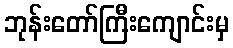
ဘုန်းတော်ကြီးကျောင်းမှ